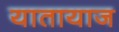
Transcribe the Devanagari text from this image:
यातायाज